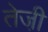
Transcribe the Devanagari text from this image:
तेजी़